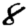
Digit: 8